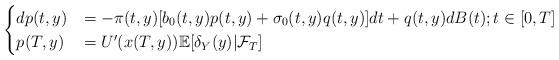
LaTeX: \begin{align*}\begin{cases}dp(t,y) &= - \pi(t,y) [b_0(t,y)p(t,y) + \sigma_0(t,y)q(t,y)]dt+ q(t,y) dB(t); t\in[0, T]\\p(T,y)&= U'(x(T,y))\mathbb{E}[\delta_Y(y)|\mathcal{F}_T]\end{cases}\end{align*}